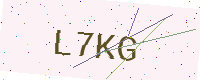
Text: L7KG